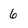
Character: 6